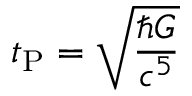
t _ { \mathrm { P } } = { \sqrt { \frac { \hbar G } { c ^ { 5 } } } }